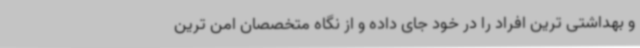
و بهداشتی ترین افراد را در خود جای داده و از نگاه متخصصان امن ترین